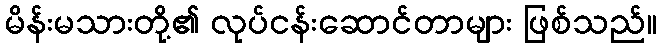
မိန်းမသားတို့၏ လုပ်ငန်းဆောင်တာများ ဖြစ်သည်။